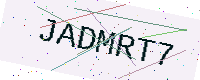
Text: JADMRT7